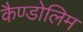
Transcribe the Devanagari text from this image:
कैण्डोलिम